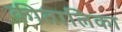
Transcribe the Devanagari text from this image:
कीतालिका